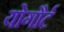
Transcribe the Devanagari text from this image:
योगौर्ट